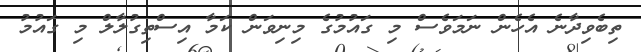
ތިބެވިދާނެ އެހެން ނަމަވެސް މި ގައުމުގެ މިނިވަން ކަމާ އިސްތިގުލާލް މި ގައުމު